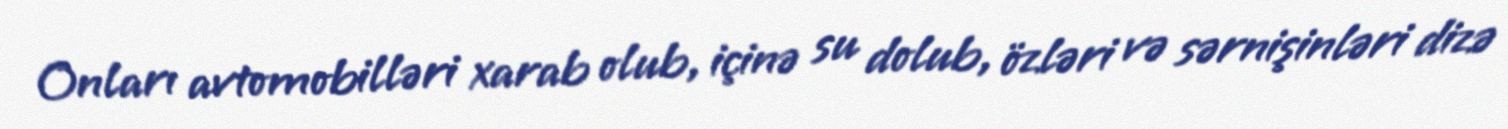
Onları avtomobilləri xarab olub, içinə su dolub, özləri və sərnişinləri dizə